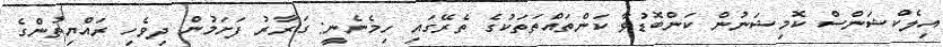
އިލެކްޝަންސް ކޮމިޝަނުން ކަންބޮޑުވާ ކަންތައްތަތަކުގެ ތެރޭގައި ހިމެނެނީ: ގަރާރު ފަށަމުން ދިވެހި ރައްޔިތުންގެ